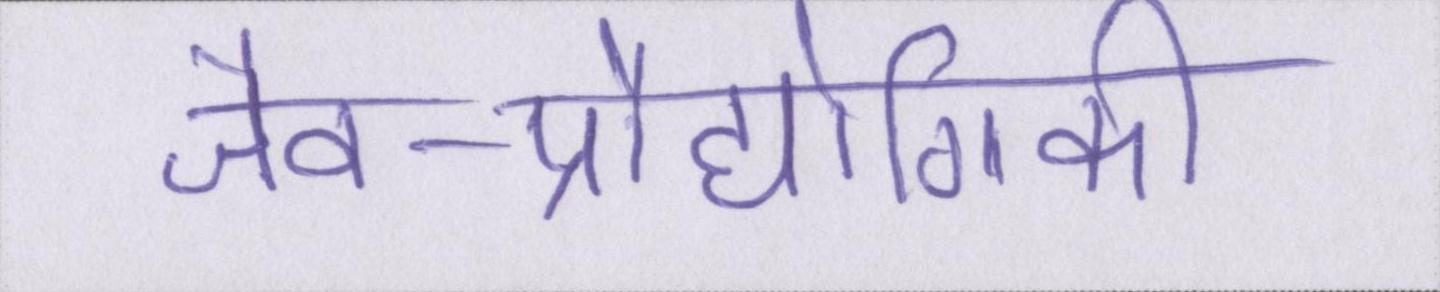
जैव-प्रौद्योगिकी